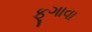
ફૂગાવા